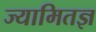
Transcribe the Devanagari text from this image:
ज्यामितज्ञ